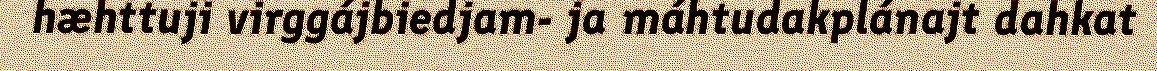
hæhttuji virggájbiedjam- ja máhtudakplánajt dahkat